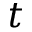
t